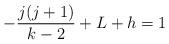
LaTeX: \begin{align*}-{\frac{j(j+1)}{{k-2}}} + L + h = 1 \end{align*}